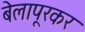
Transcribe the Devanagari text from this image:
बेलापूरकर